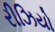
રીઝિયો